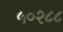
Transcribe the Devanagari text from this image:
५०२८८